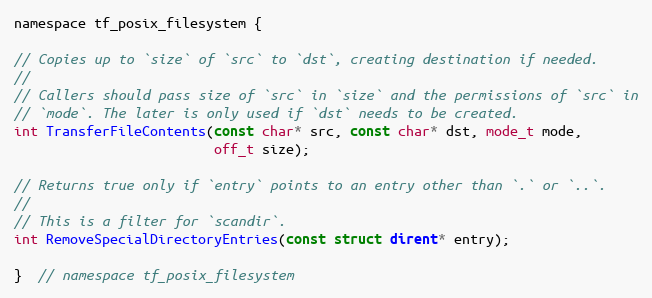
Language: C
namespace tf_posix_filesystem {

// Copies up to `size` of `src` to `dst`, creating destination if needed.
//
// Callers should pass size of `src` in `size` and the permissions of `src` in
// `mode`. The later is only used if `dst` needs to be created.
int TransferFileContents(const char* src, const char* dst, mode_t mode,
                         off_t size);

// Returns true only if `entry` points to an entry other than `.` or `..`.
//
// This is a filter for `scandir`.
int RemoveSpecialDirectoryEntries(const struct dirent* entry);

}  // namespace tf_posix_filesystem